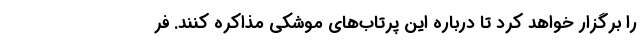
را برگزار خواهد کرد تا درباره این پرتاب‌های موشکی مذاکره کنند. فر